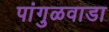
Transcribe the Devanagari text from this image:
पांगुळवाडा